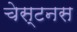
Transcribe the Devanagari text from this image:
चेस्टनस